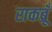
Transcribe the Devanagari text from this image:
राकब्रूँ